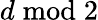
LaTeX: d\bmod{2}